Eesti_Vabariigi_Tartu_Ulikool, lk 116
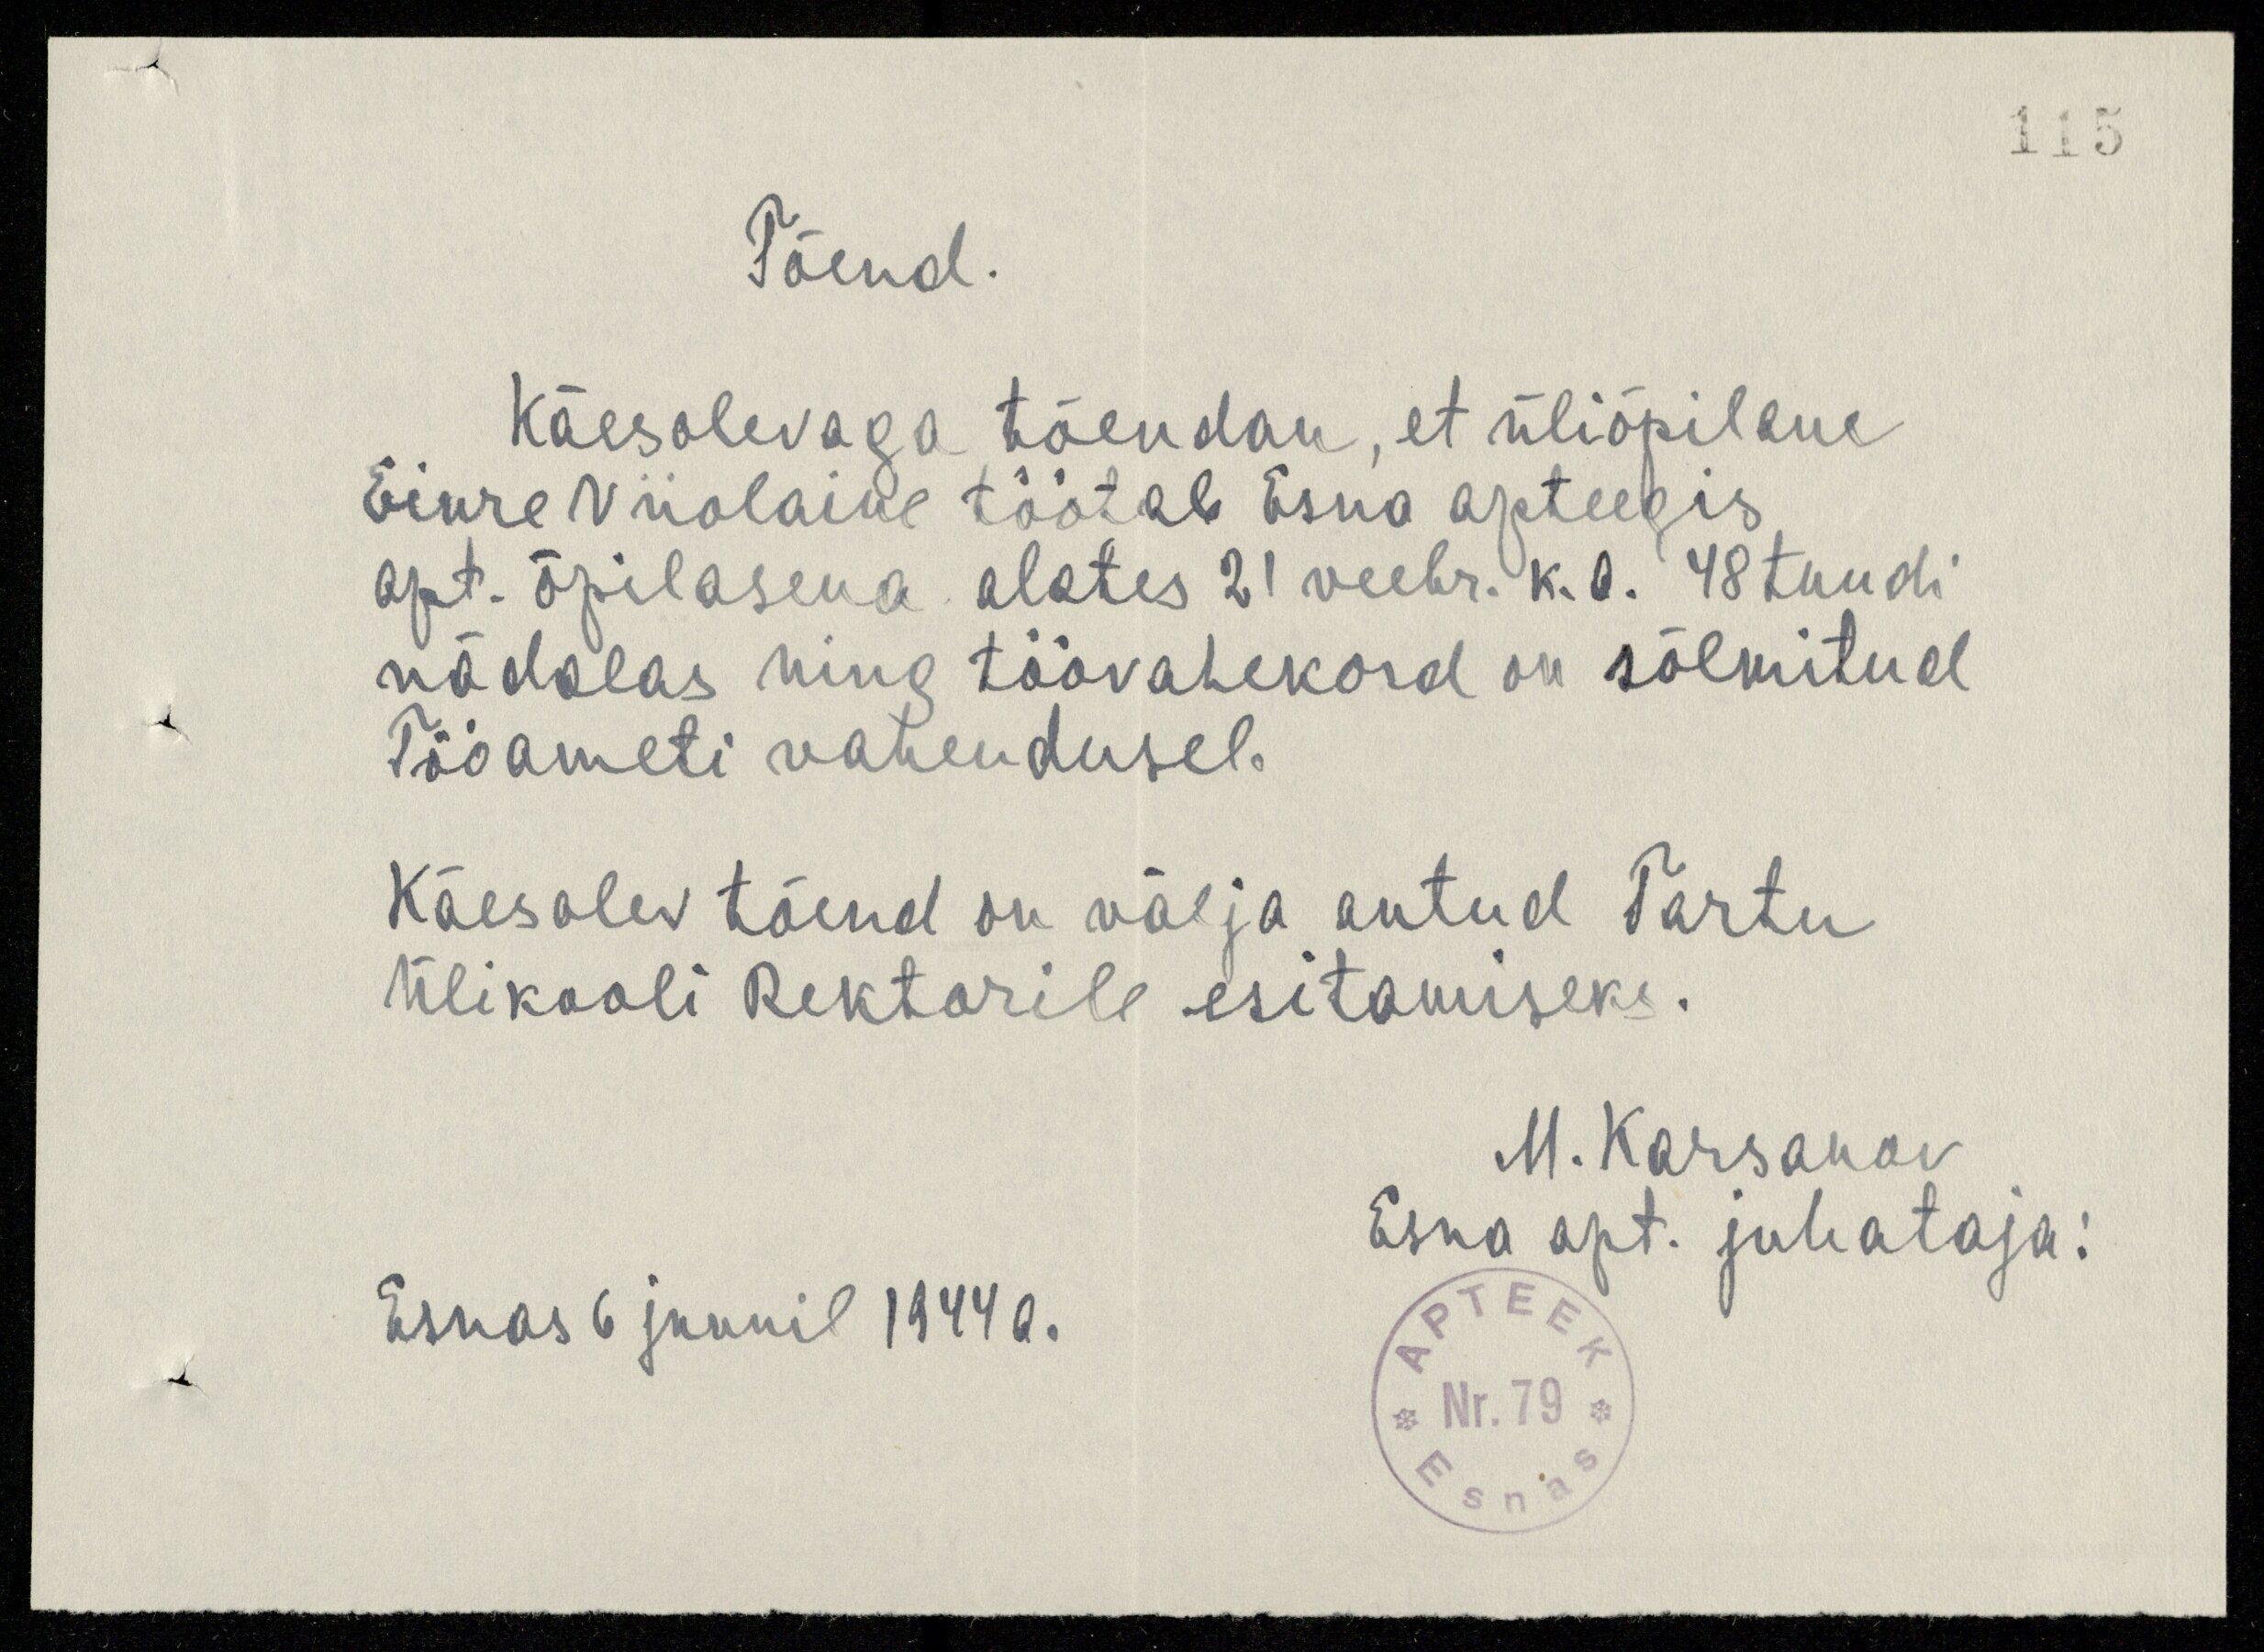
Tõend.
Käesolevaga tõendan, et üliõpilane
Einre Viiolaine töötab Esna apteegis
apt. õpilasena alates 21 veebr. k. a. 48 tundi
nädalas ning töövahekord on sõlmitud
Tööameti vahendusel.
Käesolev tõend on välja antud Tartu
Ülikooli Rektorile esitamiseks.
M. Karsanov
Esna apt. juhataja:
Esnas 6 juunil 1944 a.